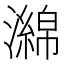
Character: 𤁗